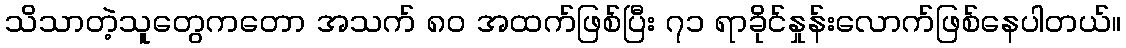
သိသာတဲ့သူတွေကတော အသက် ၈၀ အထက်ဖြစ်ပြီး ၇၁ ရာခိုင်နှုန်းလောက်ဖြစ်နေပါတယ်။